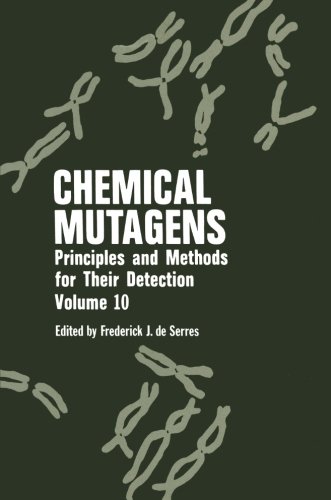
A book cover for Chemical Mutagens: Principles and Methods for Their Detection (Volume 10); Medical Books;